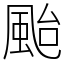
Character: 颱